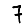
Digit: 7